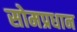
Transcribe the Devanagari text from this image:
सोमप्रधान